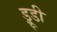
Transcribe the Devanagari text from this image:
ड्रूडी